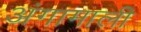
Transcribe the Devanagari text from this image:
अंगामाली